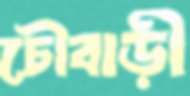
চৌবাড়ী